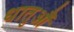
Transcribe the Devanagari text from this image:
धातुऔं